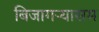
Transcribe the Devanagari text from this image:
बिजागऱ्यासम